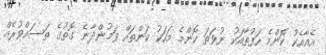
އެއާއެކު ކޮންމެ ހަފުތާއަކު ނުވަތަ ކޮންމެ މަހަކު ކަންތައް ވަމުންދާނެ ގޮތުގެ ތަސައްވުރެއް